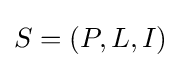
S=(P,L,I)